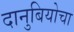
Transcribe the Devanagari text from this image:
दानुबियोचा